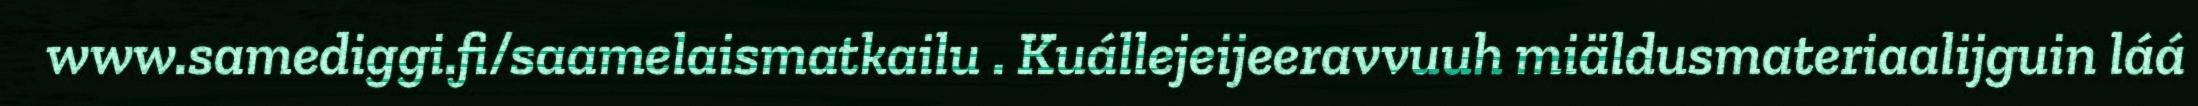
www.samediggi.fi/saamelaismatkailu . Kuállejeijeeravvuuh miäldusmateriaalijguin láá